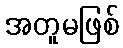
အတူမဖြစ်